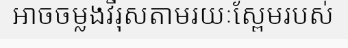
អាចចម្លងវីរុសតាមរយៈស្ពែមរបស់